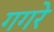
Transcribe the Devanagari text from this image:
गगरे